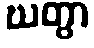
ဃတွာ